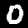
Digit: 0